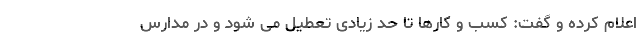
اعلام کرده و گفت: کسب و کارها تا حد زیادی تعطیل می شود و در مدارس